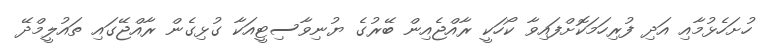
ހުށަހެޅުމާއި އަދި ފުރިހަމަކޮށްފައިވާ ކޯހަކީ ރާއްޖެއިން ބޭރުގެ ޔުނިވާސިޓީއަކާ ގުޅިގެން ރާއްޖޭގައި ތައުލީމްދޭ